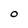
Character: O